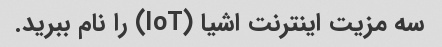
سه مزیت اینترنت اشیا (IoT) را نام ببرید.